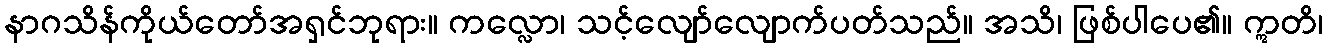
နာဂသိန်ကိုယ်တော်အရှင်ဘုရား။ ကလ္လော၊ သင့်လျော်လျောက်ပတ်သည်။ အသိ၊ ဖြစ်ပါပေ၏။ ဣတိ၊